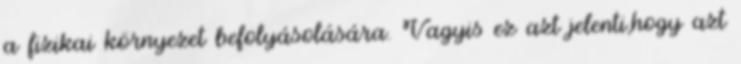
a fizikai környezet befolyásolására. Vagyis ez azt jelenti,hogy azt